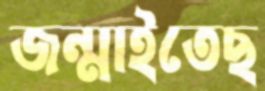
জন্মাইতেছ